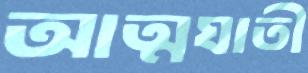
আত্মঘাতী